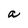
Character: a